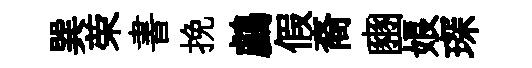
巽荣書挽鸕假裔豳娘琛